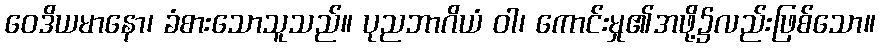
ဝေဒိယမာနော၊ ခံစားသောသူသည်။ ပုညဘာဂိယံ ဝါ၊ ကောင်းမှု၏အဖို့၌လည်းဖြစ်သော။